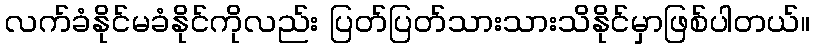
လက်ခံနိုင်မခံနိုင်ကိုလည်း ပြတ်ပြတ်သားသားသိနိုင်မှာဖြစ်ပါတယ်။